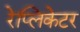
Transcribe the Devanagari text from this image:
रेप्लिकेटर